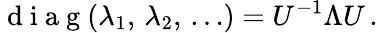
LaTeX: \mathrm{~d~i~a~g~}(\lambda_{1},\, \lambda_{2},\, \dots)=U^{-1}\Lambda U\, .